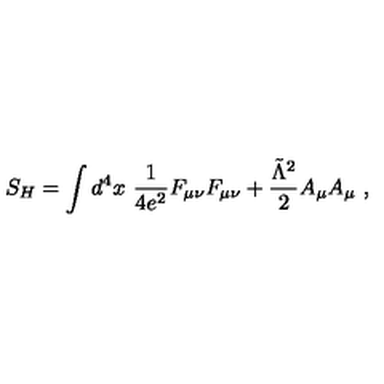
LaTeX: S _ { H } = \int d ^ { 4 } x \ { \frac { 1 } { 4 e ^ { 2 } } } F _ { \mu \nu } F _ { \mu \nu } + { \frac { \tilde { \Lambda } ^ { 2 } } { 2 } } A _ { \mu } A _ { \mu } \ ,